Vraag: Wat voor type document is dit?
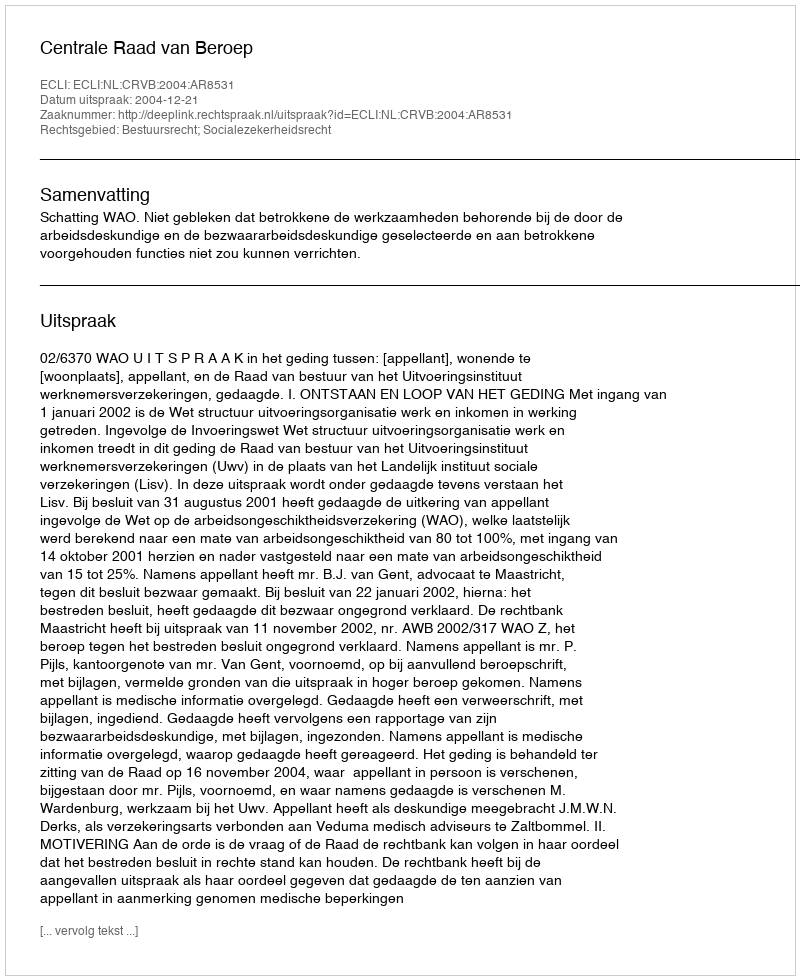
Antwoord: Uitspraak